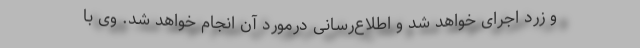
و زرد اجرای خواهد شد و اطلاع‌رسانی درمورد آن انجام خواهد شد. وی با